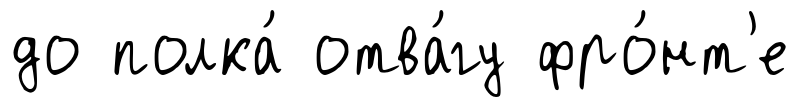
до полка́ отва́гу фро́нт'е